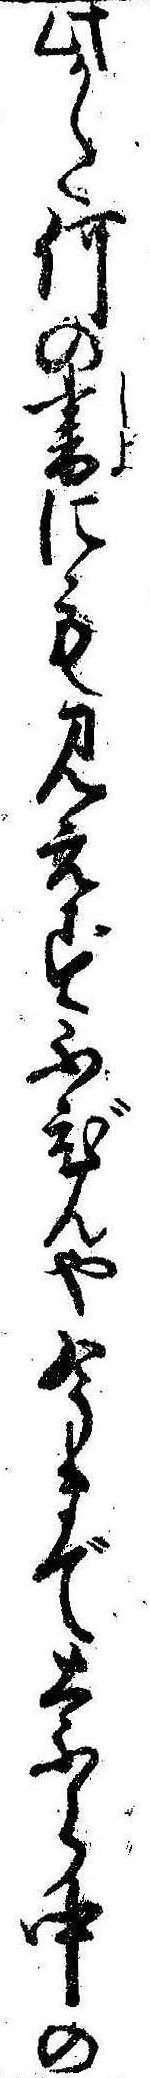
此かた何の書にも見えずふびんや今まで奈ら中の